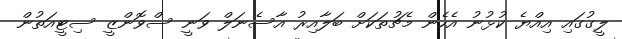
ލީގުގައި އިއްޔެ ކުޅުނު އެހެން މެޗުތަކަށް ބަލާއިރު އާސެނަލް ވަނީ ސްވޮންޒީ ސިޓީއަތުން